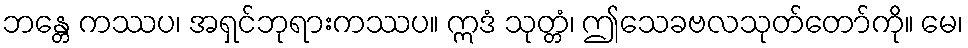
ဘန္တေ ကဿပ၊ အရှင်ဘုရားကဿပ။ ဣဒံ သုတ္တံ၊ ဤသေခဗလသုတ်တော်ကို။ မေ၊